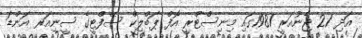
އަދި 21 ޖެނުއަރީ 1981ގައި މިނިސްޓްރީ އޮފް ޕަބްލިކް ސޭފްޓީގެ ސީނިއަރ އަންޑަ